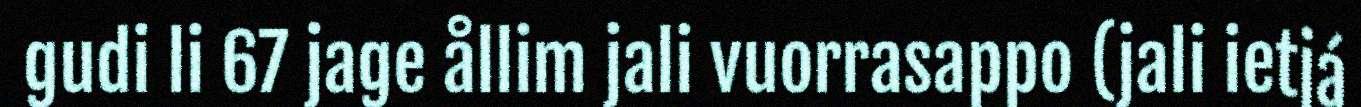
gudi li 67 jage ållim jali vuorrasappo (jali ietjá